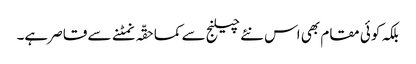
بلکہ کوئی مقام بھی اس نئے چیلنج سے کماحقّہ نمٹنے سے قاصر ہے۔